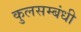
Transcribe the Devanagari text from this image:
कुलसम्बंधी